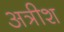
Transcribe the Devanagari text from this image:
अत्रीश